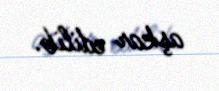
aşkar edilib.